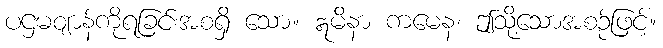
ပဌမဈာန်ကိုရခြင်းအစရှိ သော။ ဣမိနာ ကမေန၊ ဤသို့သောအစဉ်ဖြင့်။